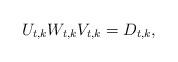
LaTeX: \begin{align*}U_{t,k}W_{t,k}V_{t,k}= D_{t,k},\end{align*}